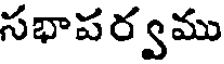
సభాపర్వము